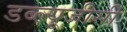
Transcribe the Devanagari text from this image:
डब्ल्यूजीसी